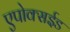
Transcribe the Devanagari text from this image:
एपोक्सईड